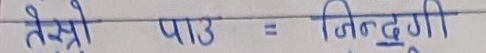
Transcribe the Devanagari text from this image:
तेस्रो पाउ = जिन्दगी